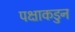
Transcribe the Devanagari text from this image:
पक्षाकडुन